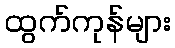
ထွက်ကုန်များ